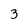
Character: 3